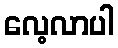
လေ့လာပါ